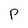
Character: P